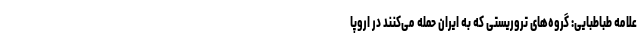
علامه طباطبایی: گروه‌های تروریستی که به ایران حمله می‌کنند در اروپا